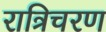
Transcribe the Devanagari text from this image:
रात्रिचरण